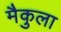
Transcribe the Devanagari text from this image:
मैकुला